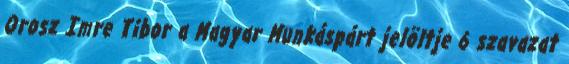
Orosz Imre Tibor a Magyar Munkáspárt jelöltje 6 szavazat